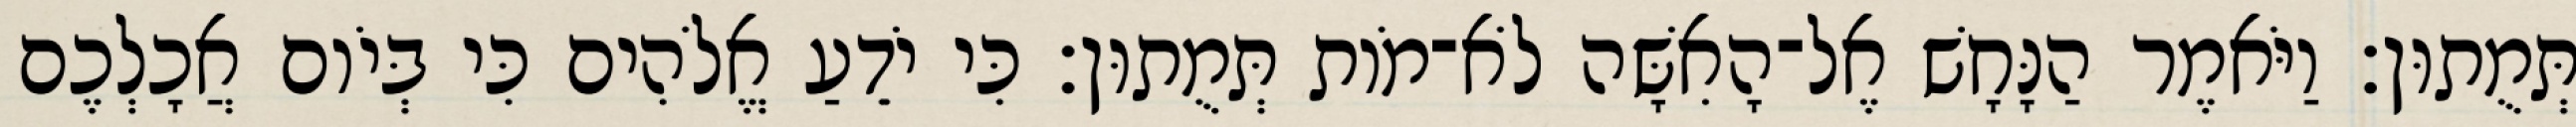
תְּמֻתוּן׃ וַיֹּאמֶר הַנָּחָשׁ אֶל־הָאִשָּׁה לֹא־מֹות תְּמֻתוּן׃ כִּי יֹדֵעַ אֱלֹהִים כִּי בְּיֹום אֲכָלְכֶם